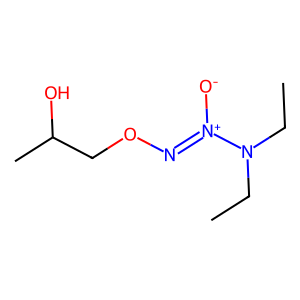
SMILES: CCN(CC)[N+]([O-])=NOCC(C)O
Inhibits HIV replication: No